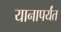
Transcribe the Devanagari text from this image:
यानापर्यंत